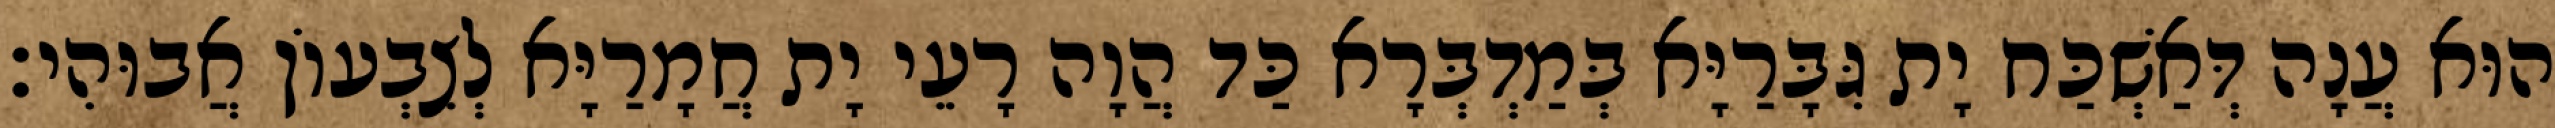
הוּא עֲנָה דְּאַשְׁכַּח יָת גִּבָּרַיָּא בְּמַדְבְּרָא כַּד הֲוָה רָעֵי יָת חֲמָרַיָּא לְצִבְעוֹן אֲבוּהִי׃